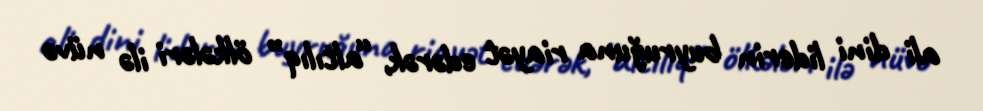
ali dini liderin buyruğuna riayət edərək, “altılıq” ölkələri ilə nüvə